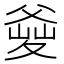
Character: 𤕘